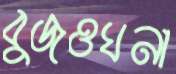
বুজওঘনা